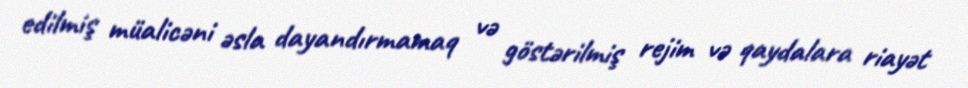
edilmiş müalicəni əsla dayandırmamaq və göstərilmiş rejim və qaydalara riayət